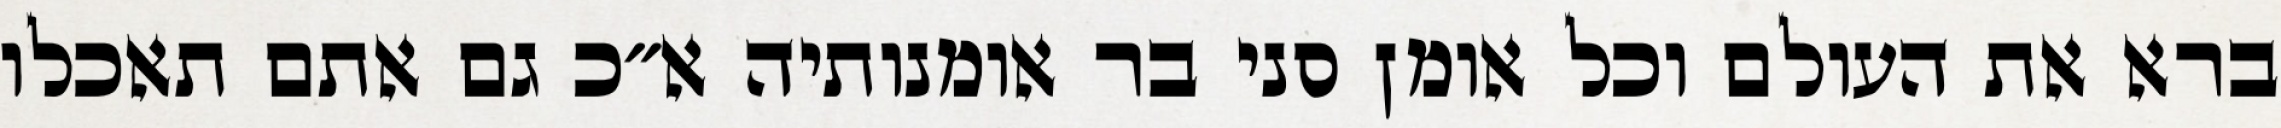
ברא את העולם וכל אומן סני בר אומנותיה א״כ גם אתם תאכלו